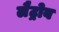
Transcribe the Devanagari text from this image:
लैट्रोब